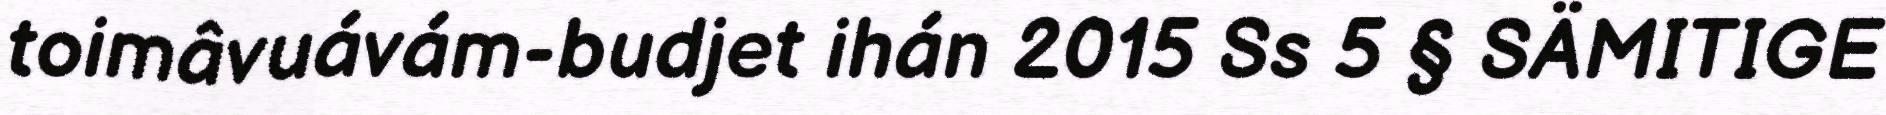
toimâvuávám-budjet ihán 2015 Ss 5 § SÄMITIGE